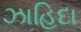
ઝાહિદા